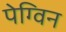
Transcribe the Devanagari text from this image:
पेग्विन